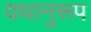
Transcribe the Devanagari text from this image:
यथानुरूप